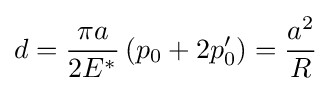
d={\frac {\pi a}{2E^{*}}}\left(p_{0}+2p_{0}'\right)={\frac {a^{2}}{R}}